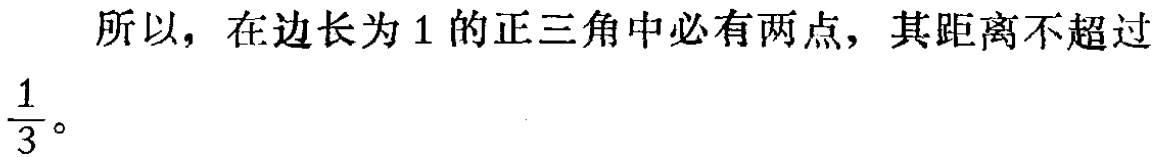
所以，在边长为1的正三角中必有两点，其距离不超过$\frac{1}{3}$。